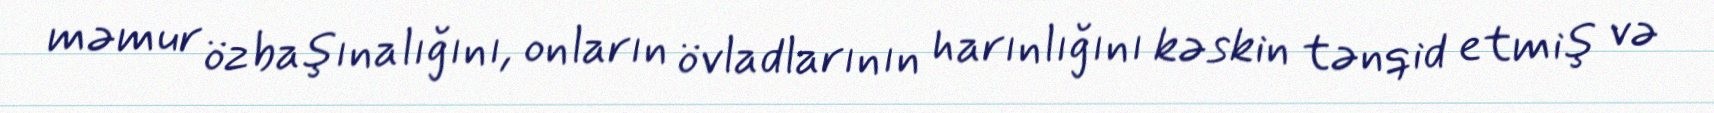
məmur özbaşınalığını, onların övladlarının harınlığını kəskin tənqid etmiş və